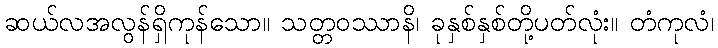
ဆယ်လအလွန်ရှိကုန်သော။ သတ္တဝဿာနိ၊ ခုနှစ်နှစ်တို့ပတ်လုံး။ တံကုလံ၊